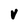
Character: V